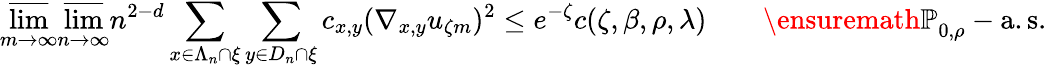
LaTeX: \varlimsup_{m\rightarrow\infty}\varlimsup_{n\rightarrow\infty}n^{2-d}\sum_{x\in\Lambda_{n}\cap\xi}\sum_{y\in D_{n}\cap\xi}c_{x,y}(\nabla_{x,y}u_{\zeta m})^{2}\leq e^{-\zeta}c(\zeta,\beta,\rho,\lambda)\qquad{\ensuremath{\mathbb P}}_{0,\rho}-\mathrm{a.s.}